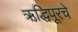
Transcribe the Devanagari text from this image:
ऋद्धिपूरचे